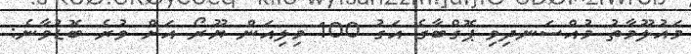
މައުލޫމާތު މުއްސަނދިވި ޕޮގްބާގެ އަގު 100 މިލިއަން ޔޫރޯ އަށް ވުރެ ބޮޑުވާނެ: